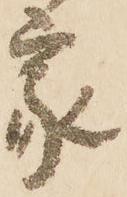
家